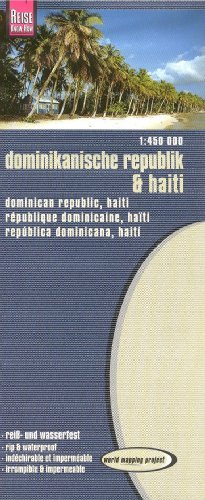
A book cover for Haiti & Dominican Republic (Hispaniola) 1:450,000 Travel Map, waterproof REISE; Reise Knowhow; Travel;